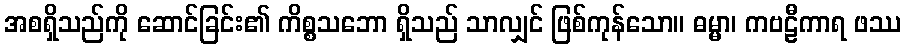
အစရှိသည်ကို ဆောင်ခြင်း၏ ကိစ္စသဘော ရှိသည် သာလျှင် ဖြစ်ကုန်သော။ ဓမ္မာ၊ ကဗဠီကာရ ဖဿ